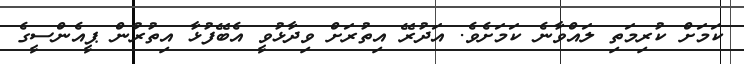
ކަމަށް ކުރިމަތި ލައްވާނެ ކަމަށެވެ. އަދުރޭ އިތުރަށް ވިދާޅުވީ އެބޭފުޅާ އިތުރުން ޕީއެންސީގެ